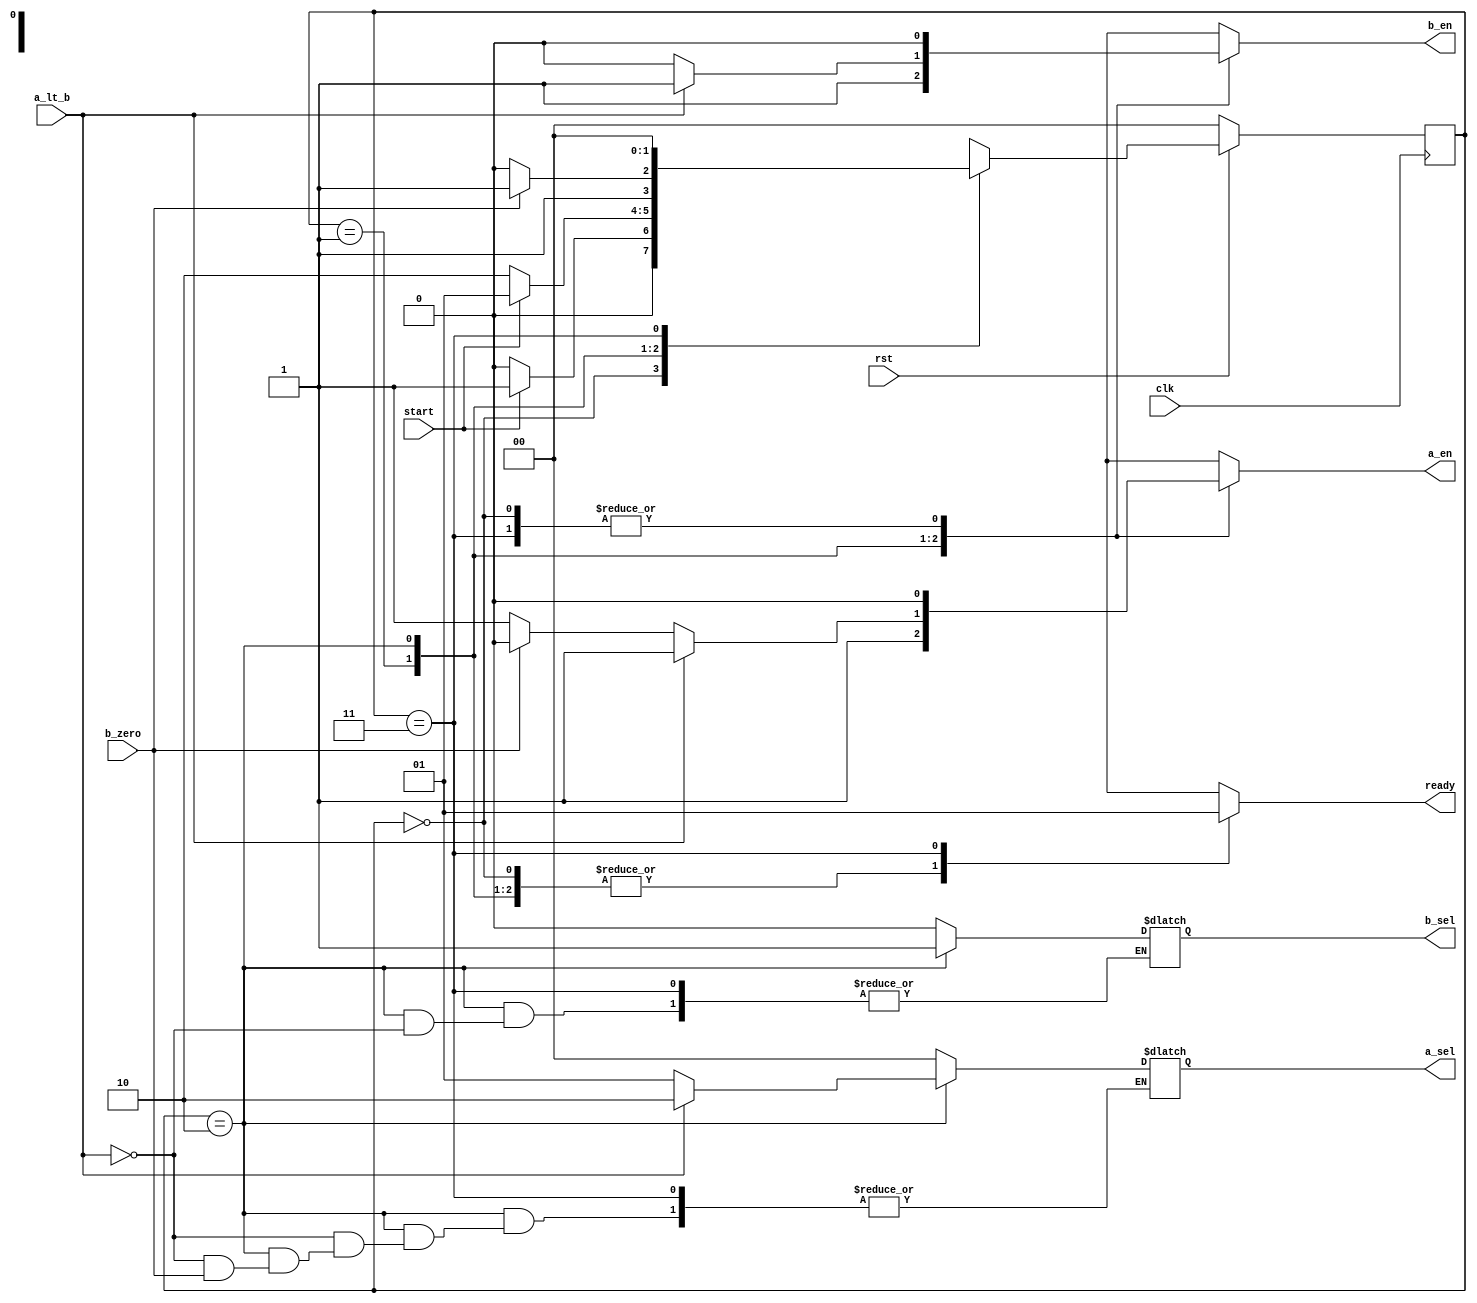
/* 
Parametrized Greatest Common Divisors (GCD)
Author: Mehran Goli
Version: 1.0
Date: 01-10-2020
*/


`timescale 1ns/1ns
	
	
module controller (input start, clk, rst, a_lt_b, b_zero,
				   output reg b_sel, a_en, b_en, ready,
				   output reg [1:0] a_sel);
				   		
	parameter [1:0] reset = 0, load = 1, comp = 2, done = 3;
	reg [1:0] current_state, next_state;
		
	always @(current_state, start, b_zero) begin :combinational

		case (current_state) 
			reset: begin
				if (start == 1) next_state = load;
				else next_state = reset;
			end	
			load: begin
				if (start == 0) next_state = comp;
				else next_state = load;
			end				
			comp: begin
				if (b_zero == 1) next_state = done;
				else next_state = comp;
			end	
			done: begin
				next_state = reset;
			end	
			default: next_state = reset;
		endcase
	end

	always @(current_state, a_lt_b, b_zero)
	begin :outputting
		a_en = 0;
		b_en = 0;
		ready = 0;
		case (current_state)
			reset: begin 
				a_en = 0;
				b_en = 0;
				b_sel = 0;
				a_sel = 0;
			end
			load: begin 
				a_en = 1;
				b_en = 1;
				b_sel = 0;
				a_sel = 0;
			end			
			comp: begin
				if (a_lt_b == 1) begin
					a_en = 1;
					b_en = 1;
					a_sel = 2;	 
					b_sel = 1;
				end	
				else if (!b_zero) begin
					a_sel = 1;
					a_en = 1;
				end	
			end	
			done: ready = 1;
			default: begin
				ready = 0;
				a_en = 0;
				b_en = 0;
				a_sel = 2'bxx;
				b_sel = 1'bx;
			end
		endcase
	end
	
	always @(posedge clk) begin :sequential

		if (~rst)
			current_state <= reset;
		else
			current_state <= next_state;
	end	
	
endmodule